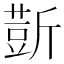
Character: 𰕢